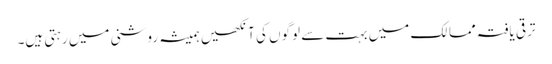
ترقی یافتہ ممالک میں بہت سے لوگوں کی آنکھیں ہمیشہ روشنی میں رہتی ہیں۔